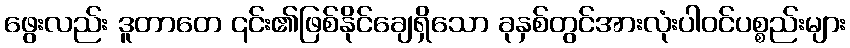
ဖွေးလည်း ဒူတာတေ ၎င်း၏ဖြစ်နိုင်ချေရှိသော ခုနှစ်တွင်အားလုံးပါဝင်ပစ္စည်းများ